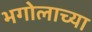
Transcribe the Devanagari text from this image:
भगोलाच्या